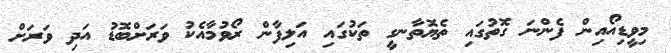
މިވީޑިއޯއިން ފެންނަ ގޮތުގައި ތެޔޮތާނގީ ތަކުގައި އަލިފާން ރޯވުމާއެކު ވަރަށްބޮޑު އަދި ވަރަށް